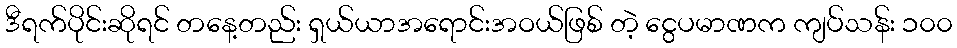
ဒီရက်ပိုင်းဆိုရင် တနေ့တည်း ရှယ်ယာအရောင်းအဝယ်ဖြစ် တဲ့ ငွေပမာဏက ကျပ်သန်း ၁၀၀